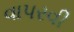
વાપરવી